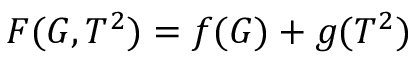
F ( G , T ^ { 2 } ) = f ( G ) + g ( T ^ { 2 } )